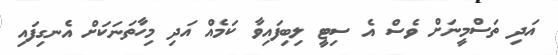
އަދި ތަސްމީނަށް ވެސް އެ ސިޓީ ލިބިފައިވާ ކަމެއް އަދި މިހާތަނަކަށް އެނގިފައި